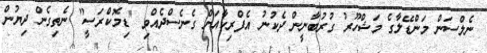
ނެލްސަން މަންޑޭލާގެ މަޝްހޫރު ގުރުބާނީން ދެކުނު އެފްރިކާއަށް ގެނެސްދެއްވި "ޑިމޮކްރަސީ" ނެތިގެން ދިޔުން